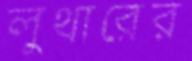
লুথারের